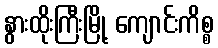
နွားထိုးကြီးမြို့ ကျောင်းကိစ္စ